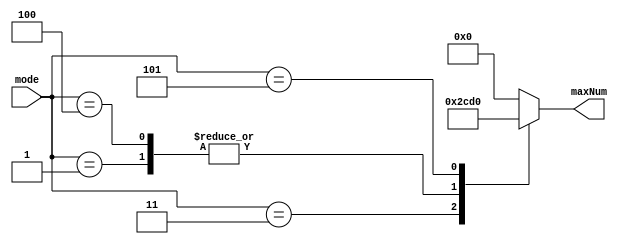
module convert_mode_to_maxNum (
                                input       [2:0] mode,
                                output reg  [4:0] maxNum);
										  
    always @(mode) begin
        case (mode)
            3'b000:     maxNum = 5'd0;
            3'b001:     maxNum = 5'd6;
            3'b010:     maxNum = 5'd0;
            3'b011:     maxNum = 5'd11;
            3'b100:     maxNum = 5'd6;
            3'b101:     maxNum = 5'b10000;   
            default:    maxNum = 5'd0;
        endcase
    end    
endmodule